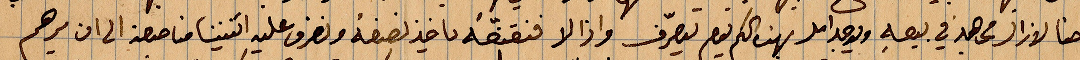
حنا لا يزال مجاهد في بيعه ويوجد امل بهذه كي يقدر يتصرّف واذا لا فنقنّعه يأخذ نصفه ونصرف عليه اثنيننا مناصفة الى ان يرهم